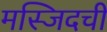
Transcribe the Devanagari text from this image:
मस्जिदची